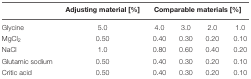
<table><thead><tr><td></td><td><b>Adjusting material [%]</b></td><td colspan="4"><b>Comparable materials [%]</b></td></tr></thead><tbody><tr><td>Glycine</td><td>5.0</td><td>4.0</td><td>3.0</td><td>2.0</td><td>1.0</td></tr><tr><td>MgCl<sub>2</sub></td><td>0.50</td><td>0.40</td><td>0.30</td><td>0.20</td><td>0.10</td></tr><tr><td>NaCl</td><td>1.0</td><td>0.80</td><td>0.60</td><td>0.40</td><td>0.20</td></tr><tr><td>Glutamic sodium</td><td>0.50</td><td>0.40</td><td>0.30</td><td>0.20</td><td>0.10</td></tr><tr><td>Critic acid</td><td>0.50</td><td>0.40</td><td>0.30</td><td>0.20</td><td>0.10</td></tr></tbody></table>